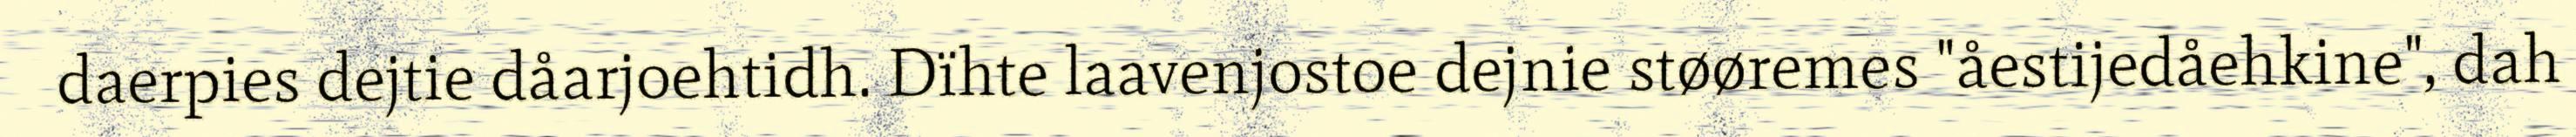
daerpies dejtie dåarjoehtidh. Dïhte laavenjostoe dejnie støøremes "åestijedåehkine", dah